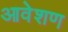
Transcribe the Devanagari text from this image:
आवेशण